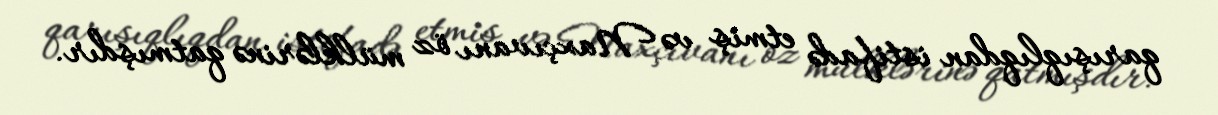
qarışıqlıqdan istifadə etmiş və Naxçıvanı öz mülklərinə qatmışdır.